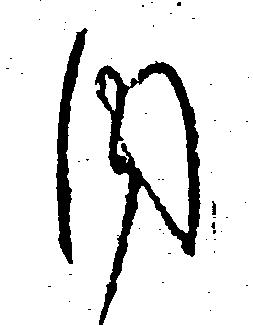
内